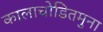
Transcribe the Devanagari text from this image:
कालाचोडितमुना